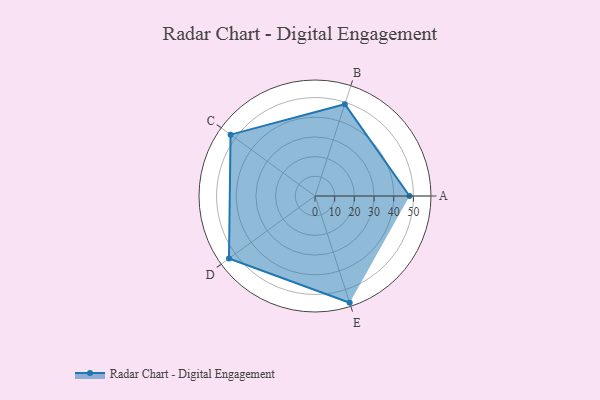
{"axis": {"x": "Skill", "y": "Score"}, "legend": ["Profile"], "data": [{"x": "A", "y": 48.0, "type": "Profile"}, {"x": "B", "y": 49.0, "type": "Profile"}, {"x": "C", "y": 53.0, "type": "Profile"}, {"x": "D", "y": 54.0, "type": "Profile"}, {"x": "E", "y": 57.0, "type": "Profile"}]}